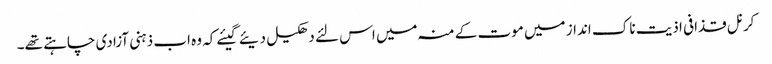
کرنل قذافی اذیت ناک انداز میں موت کے منہ میں اس لئے دھکیل دیئے گیئے کہ وہ اب ذہنی آزادی چاہتے تھے۔